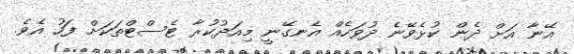
އޭނާ އަށް ދެން ކުޅެވޭނެ ދުވަހެއް އެނގޭނީ މިއަދުކުރާ ޓެސްޓްތަކަށް ފަހު އެވެ.